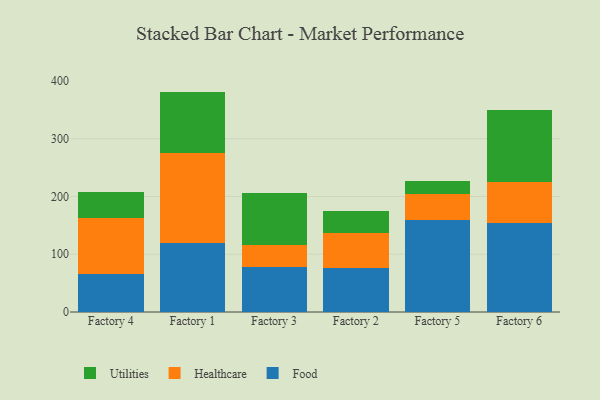
{"axis": {"x": "Factory", "y": "Budget (USD K)"}, "legend": ["Food", "Healthcare", "Utilities"], "data": [{"x": "Factory 4", "y": 66.0, "type": "Food"}, {"x": "Factory 4", "y": 96.8, "type": "Healthcare"}, {"x": "Factory 4", "y": 45.3, "type": "Utilities"}, {"x": "Factory 1", "y": 119.0, "type": "Food"}, {"x": "Factory 1", "y": 156.4, "type": "Healthcare"}, {"x": "Factory 1", "y": 106.1, "type": "Utilities"}, {"x": "Factory 3", "y": 78.1, "type": "Food"}, {"x": "Factory 3", "y": 37.9, "type": "Healthcare"}, {"x": "Factory 3", "y": 90.5, "type": "Utilities"}, {"x": "Factory 2", "y": 75.6, "type": "Food"}, {"x": "Factory 2", "y": 61.1, "type": "Healthcare"}, {"x": "Factory 2", "y": 38.3, "type": "Utilities"}, {"x": "Factory 5", "y": 159.6, "type": "Food"}, {"x": "Factory 5", "y": 45.5, "type": "Healthcare"}, {"x": "Factory 5", "y": 20.8, "type": "Utilities"}, {"x": "Factory 6", "y": 154.3, "type": "Food"}, {"x": "Factory 6", "y": 71.1, "type": "Healthcare"}, {"x": "Factory 6", "y": 124.8, "type": "Utilities"}]}